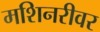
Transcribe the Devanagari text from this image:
मशिनरीवर